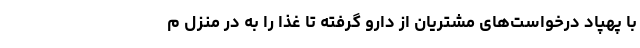
با پهپاد درخواست‌های مشتریان از دارو گرفته تا غذا را به در منزل م